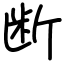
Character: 断